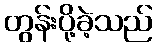
တွန်းပို့ခဲ့သည်